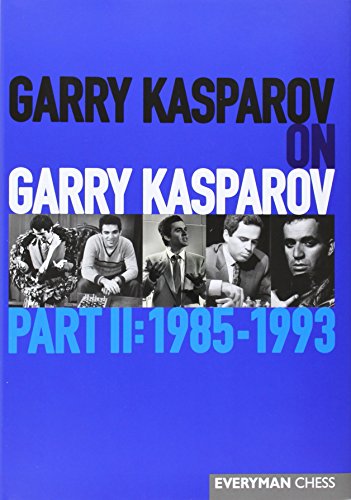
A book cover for Garry Kasparov on Garry Kasparov, Part 2: 1985-1993 (Everyman Chess); Garry Kasparov; Humor & Entertainment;